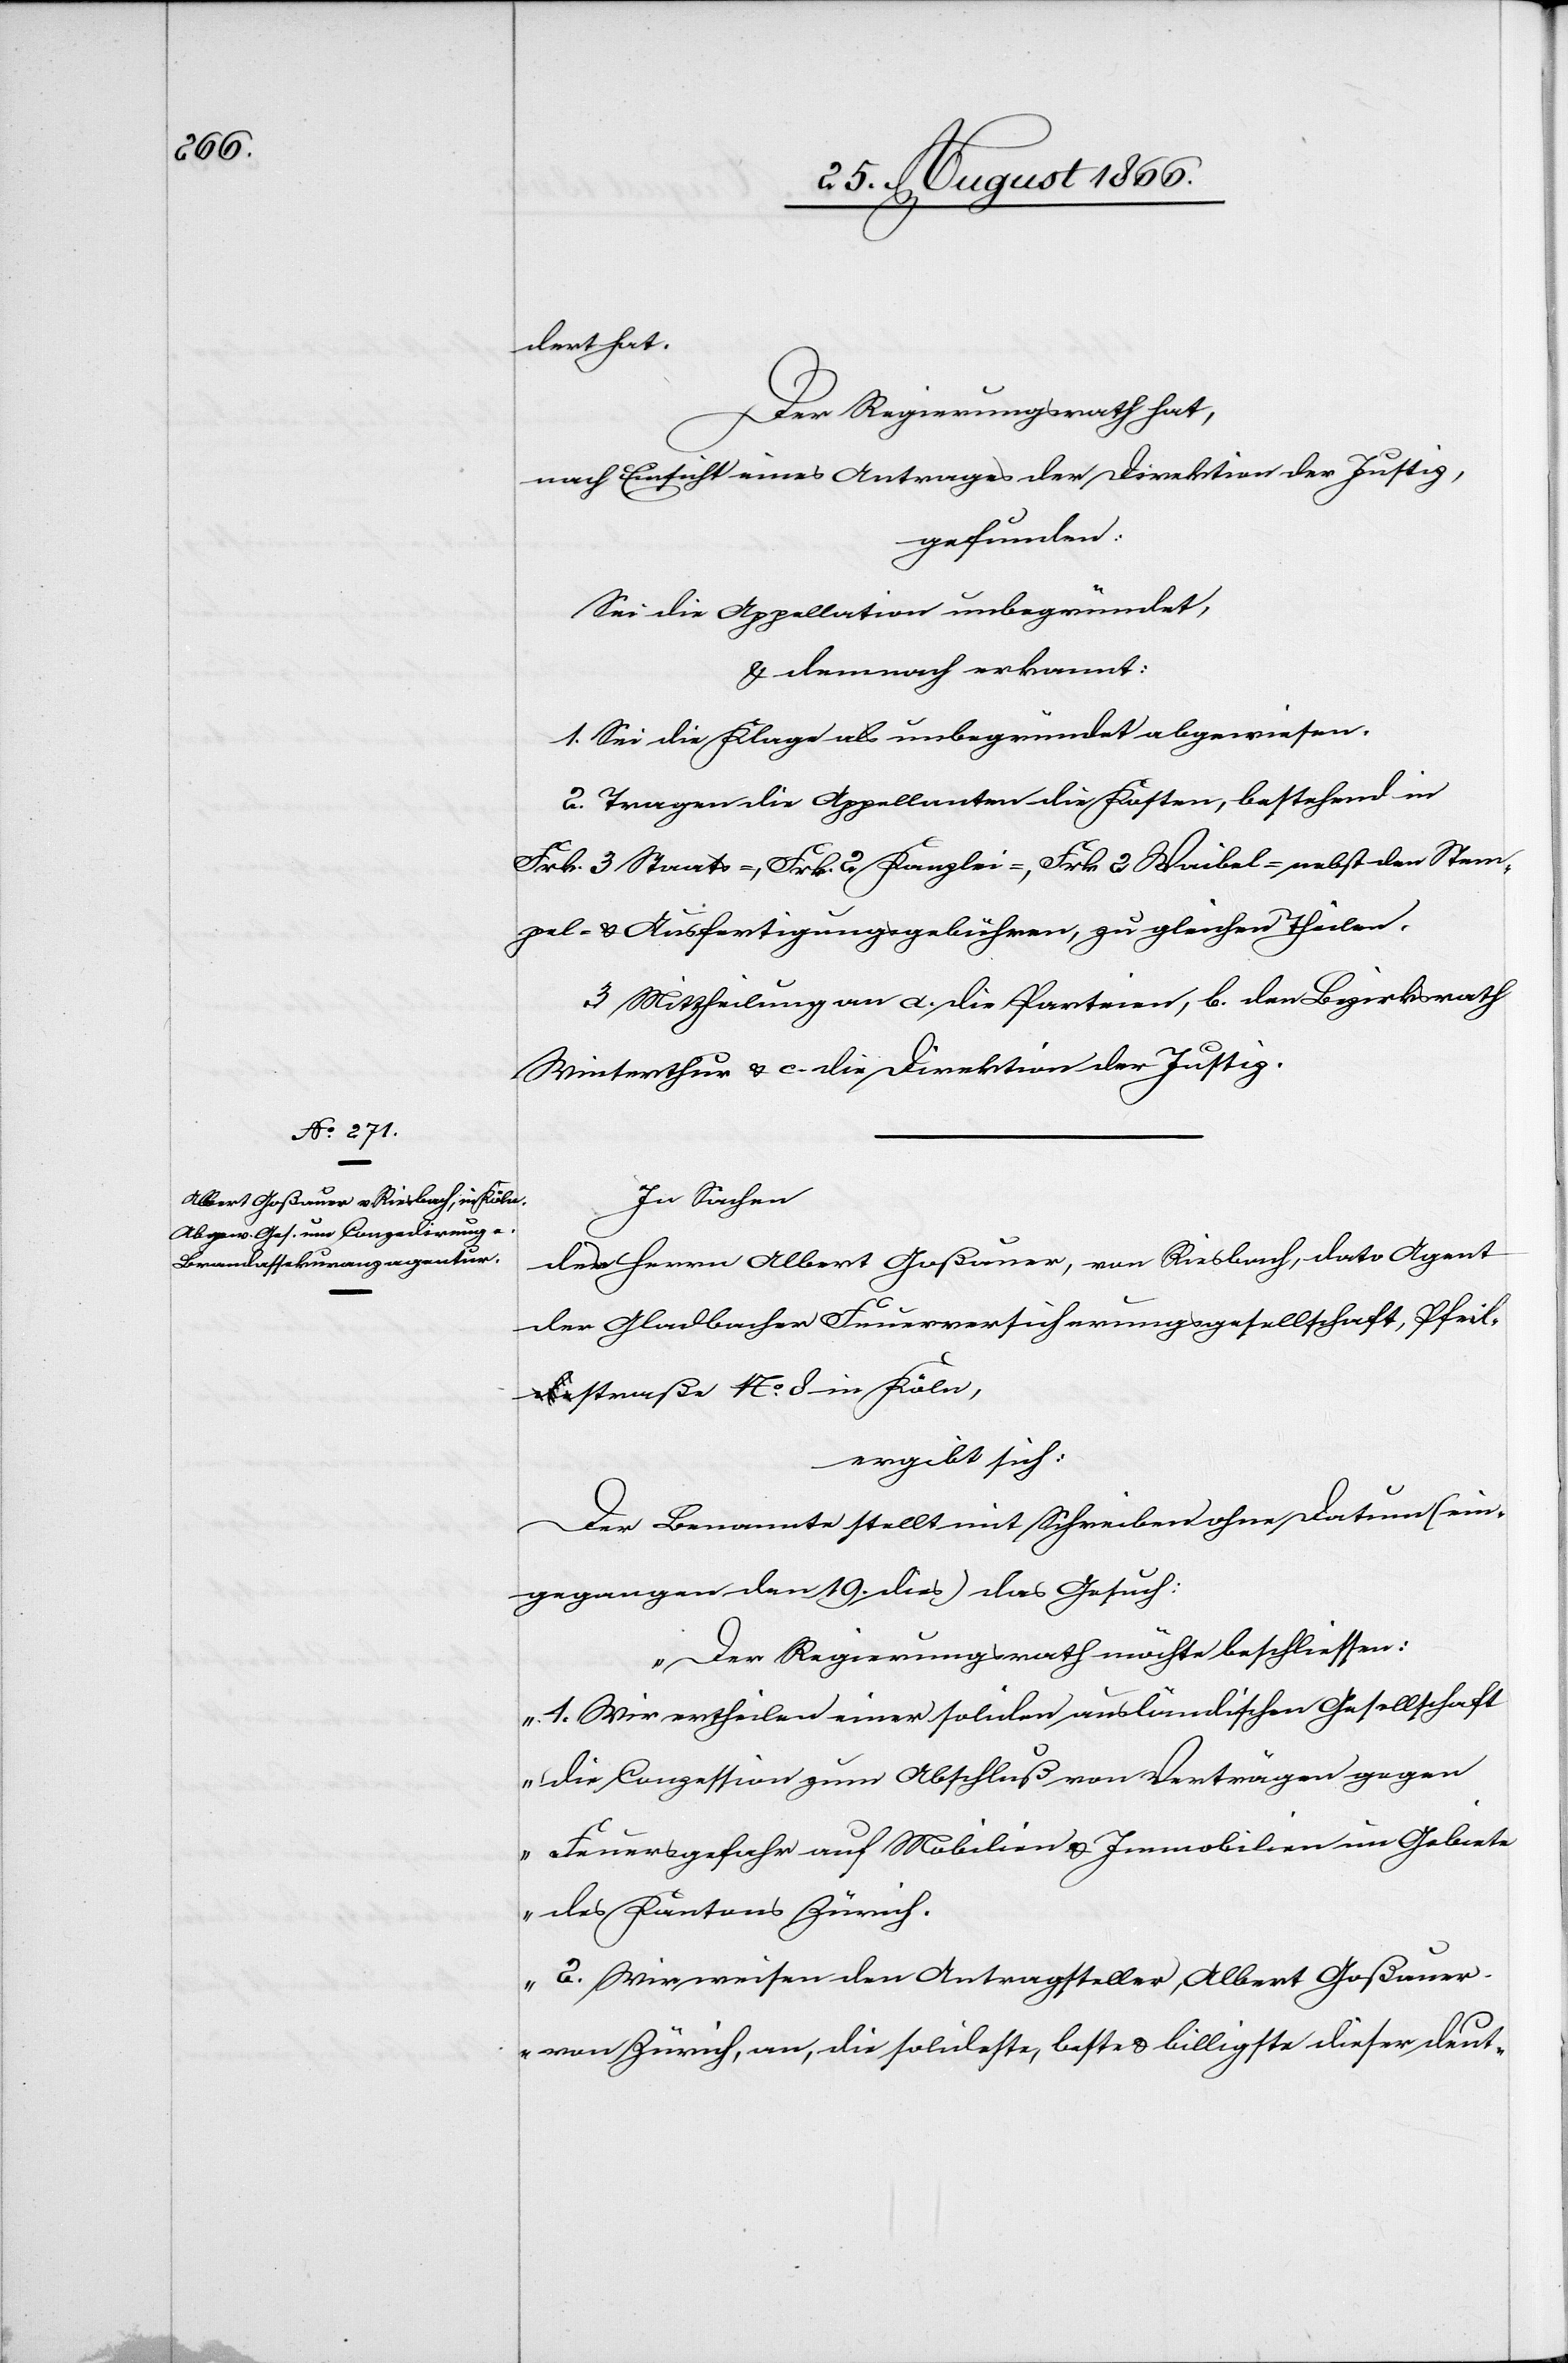
dert hat.
Der Regierungsrath hat,
nach Einsicht eines Antrages der Direktion der Justiz,
gefunden:
Sei die Appellation unbegründet,
1. Sei die Klage als unbegründet abgewiesen.
2. Tragen die Appellanten die Kosten, bestehend in
Frk. 3 Staats-, Frk. 2 Kanzlei-, Frk. 2 Waibel- nebst den Stem¬
pel- u. Ausfertigungsgebühren, zu gleichen Theilen.
3. Mittheilung an a. die Parteien, b. den Bezirksrath
Winterthur u. c. die Direktion der Justiz.
In Sachen
des Herrn Albert Goßauer, von Riesbach, dato Agent
a-d¬
der Gladbacher Feuerversicherungsgesellschaft, Pfeil¬
e-astraße No. 8 in Köln,
ergibt sich:
Der Benannte stellt mit Schreiben ohne Datum (ein¬
gegangen den 19. dies) das Gesuch:
„Der Regierungsrath möchte beschliessen:
1. Wir ertheilen einer soliden ausländischen Gesellschaft
die Conzession zum Abschluß von Verträgen gegen
Feuergefahr auf Mobilien u. Immobilien im Gebiete
des Kantons Zürich.
2. Wir weisen den Antragsteller, Albert Goßauer
von Zürich, an, die solideste, beste u. billigste dieser deut-